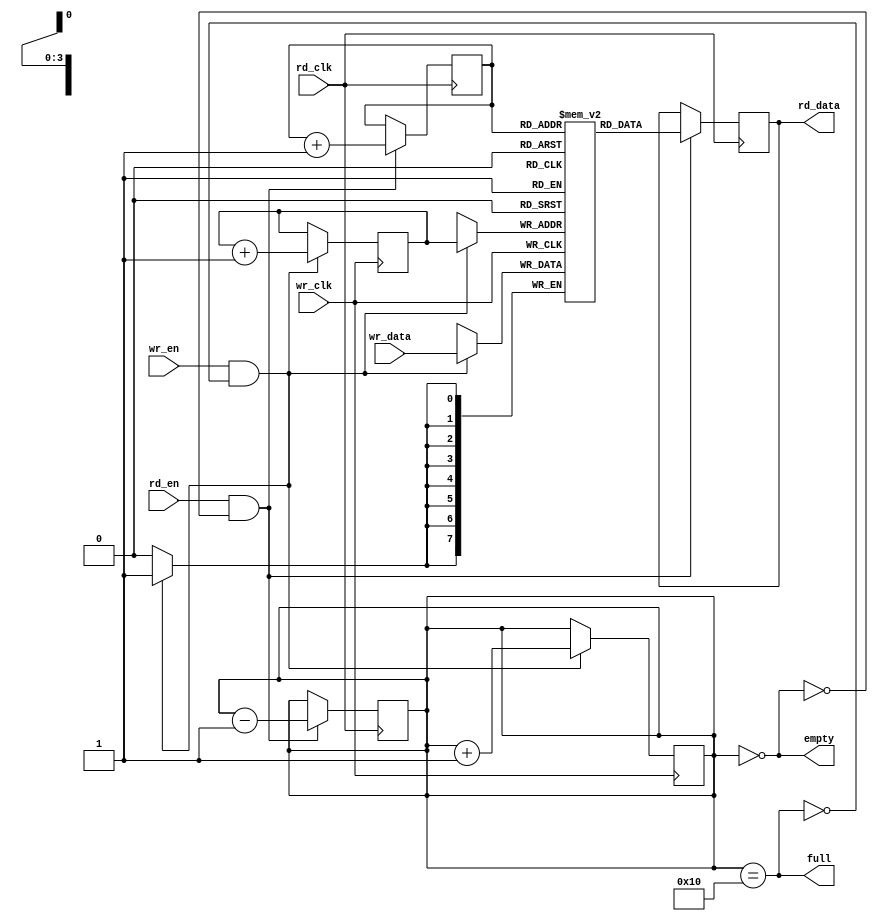
module async_fifo #(
    parameter DATA_WIDTH = 8,  // Width of the data
    parameter FIFO_DEPTH = 16   // Depth of the FIFO (must be a power of 2)
) (
    input wire wr_clk,           // Write clock
    input wire wr_en,            // Write enable
    input wire [DATA_WIDTH-1:0] wr_data, // Data input
    output wire full,            // FIFO full flag

    input wire rd_clk,           // Read clock
    input wire rd_en,            // Read enable
    output wire [DATA_WIDTH-1:0] rd_data, // Data output
    output wire empty            // FIFO empty flag
);

    // Memory array
    reg [DATA_WIDTH-1:0] fifo_mem [0:FIFO_DEPTH-1];

    // Write pointer and read pointer
    reg [$clog2(FIFO_DEPTH)-1:0] wr_ptr = 0;
    reg [$clog2(FIFO_DEPTH)-1:0] rd_ptr = 0;

    // Gray code pointers
    reg [$clog2(FIFO_DEPTH)-1:0] wr_ptr_gray;
    reg [$clog2(FIFO_DEPTH)-1:0] rd_ptr_gray;

    // Count of entries in FIFO
    reg [$clog2(FIFO_DEPTH+1)-1:0] count = 0;

    // Full and empty flags
    assign full = (count == FIFO_DEPTH);
    assign empty = (count == 0);

    // Write logic
    always @(posedge wr_clk) begin
        if (wr_en && !full) begin
            fifo_mem[wr_ptr] <= wr_data; // Write data to FIFO
            wr_ptr <= wr_ptr + 1;        // Increment write pointer
            count <= count + 1;          // Increment count
        end
    end

    // Read logic
    always @(posedge rd_clk) begin
        if (rd_en && !empty) begin
            rd_data <= fifo_mem[rd_ptr]; // Read data from FIFO
            rd_ptr <= rd_ptr + 1;        // Increment read pointer
            count <= count - 1;          // Decrement count
        end
    end

    // Pointer management using Gray code
    always @(posedge wr_clk) begin
        wr_ptr_gray <= wr_ptr ^ (wr_ptr >> 1);
    end

    always @(posedge rd_clk) begin
        rd_ptr_gray <= rd_ptr ^ (rd_ptr >> 1);
    end

    // Synchronization of pointers (for example purposes, simple synchronization)
    reg [$clog2(FIFO_DEPTH)-1:0] wr_ptr_sync;
    reg [$clog2(FIFO_DEPTH)-1:0] rd_ptr_sync;

    always @(posedge rd_clk) begin
        wr_ptr_sync <= wr_ptr_gray; // Synchronize write pointer to read clock
    end

    always @(posedge wr_clk) begin
        rd_ptr_sync <= rd_ptr_gray; // Synchronize read pointer to write clock
    end

endmodule